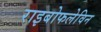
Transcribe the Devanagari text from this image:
राइबोफलेविन